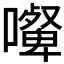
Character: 𰈿